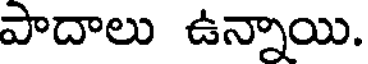
పాదాలు ఉన్నాయి.